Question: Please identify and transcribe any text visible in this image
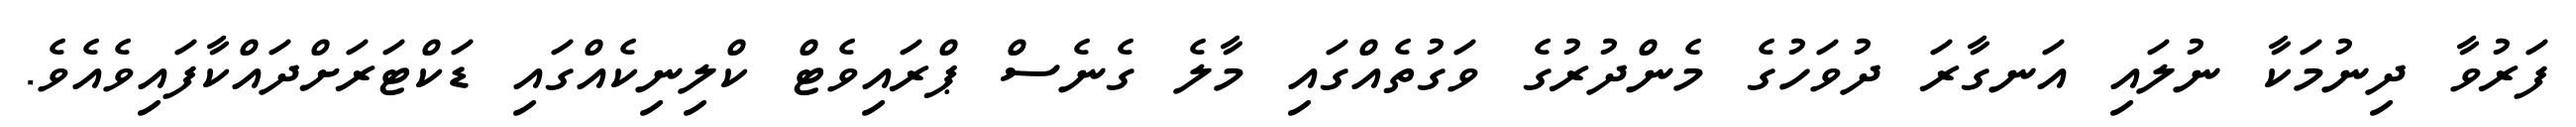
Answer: ފަރުވާ ދިނުމަކާ ނުލައި އަނގާރަ ދުވަހުގެ މެންދުރުގެ ވަގުތެއްގައި މާލެ ގެނެސް ޕްރައިވެޓް ކްލިނިކެއްގައި ޑަކްޓަރަށްދައްކާފައިވެއެވެ.